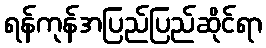
ရန်ကုန်အပြည်ပြည်ဆိုင်ရာ